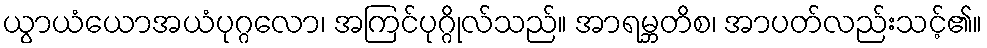
ယွာယံယောအယံပုဂ္ဂလော၊ အကြင်ပုဂ္ဂိုလ်သည်။ အာရမ္ဘတိစ၊ အာပတ်လည်းသင့်၏။